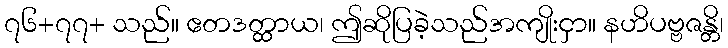
၇၆+၇၇+ သည်။ ဧတဒတ္ထာယ၊ ဤဆိုပြခဲ့သည်အကျိုးငှာ။ နဟိပဗ္ဗဇန္တိ၊